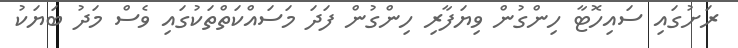
ރަށުގައި ސައިހޮޓާ ހިންގުން ވިޔަފާރި ހިންގުން ފަދަ މަސައްކަތްތަކުގައި ވެސް މަދު ބަޔަކު